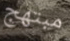
مبتهج